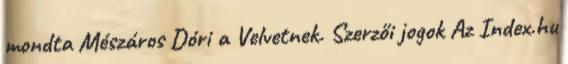
mondta Mészáros Dóri a Velvetnek. Szerzői jogok Az Index.hu